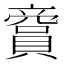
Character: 𧷞